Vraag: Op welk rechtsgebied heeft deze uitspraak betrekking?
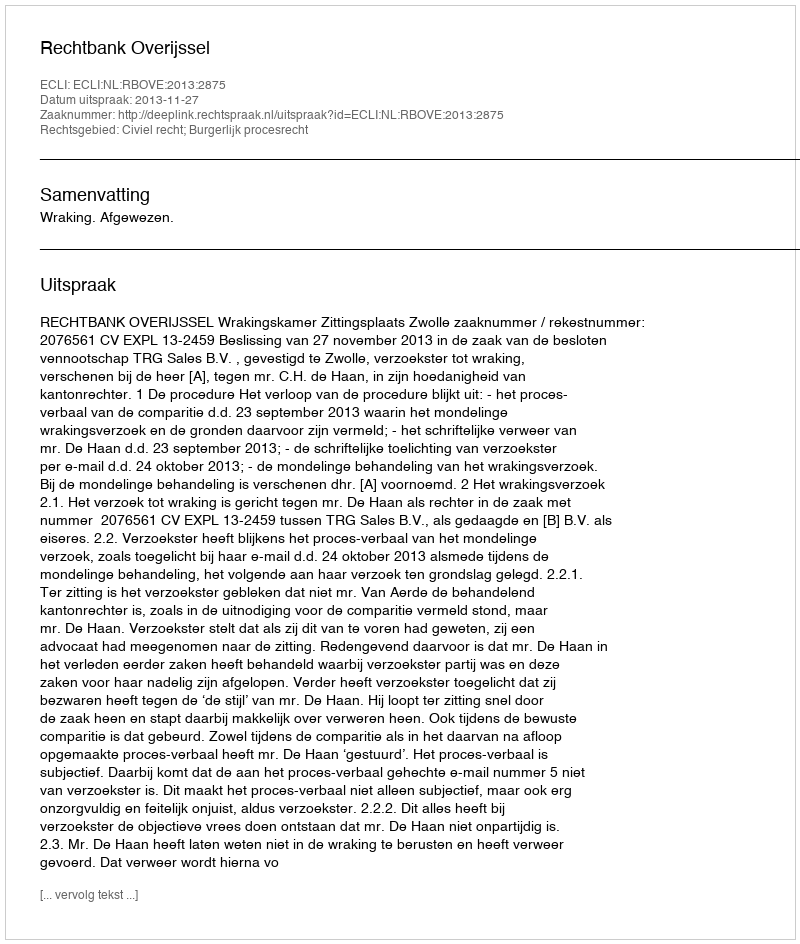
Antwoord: Civiel recht; Burgerlijk procesrecht